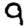
Digit: 9